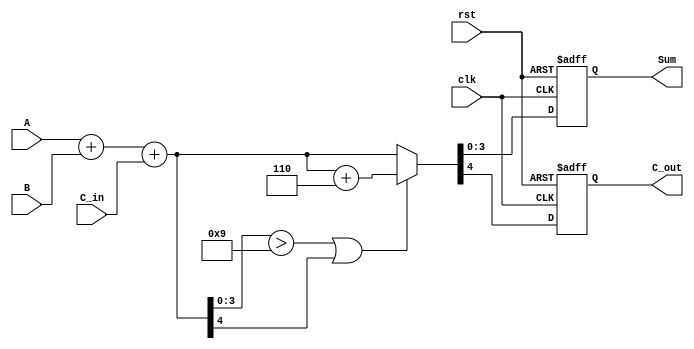
module BCD_Synchronous_Adder (
    input wire [3:0] A,          // First BCD input
    input wire [3:0] B,          // Second BCD input
    input wire C_in,             // Carry input
    input wire clk,              // Clock signal
    input wire rst,              // Reset signal
    output reg [3:0] Sum,        // BCD sum output
    output reg C_out             // Carry output
);

// Intermediate signals
wire [4:0] full_sum;          // 5-bit to hold the sum including carry
wire [4:0] adjusted_sum;      // Adjusted sum after BCD correction
wire correction_needed;        // Flag for correction needed

// Calculate initial full sum
assign full_sum = A + B + C_in;

// Determine if BCD correction is needed
assign correction_needed = (full_sum[3:0] > 4'b1001) || full_sum[4];

// BCD correction if needed
assign adjusted_sum = correction_needed ? (full_sum + 5'b00110) : full_sum; // Add 6 (0110 in binary)

// Synchronous process to latch the results into registers on rising edge of clk
always @(posedge clk or posedge rst) begin
    if (rst) begin
        Sum <= 4'b0000;     // Reset Sum to 0
        C_out <= 1'b0;      // Reset carry out to 0
    end else begin
        Sum <= adjusted_sum[3:0];   // Assign the lower 4 bits to Sum
        C_out <= adjusted_sum[4];    // Assign the 5th bit as carry out
    end
end

endmodule